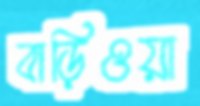
বাড়িওয়া